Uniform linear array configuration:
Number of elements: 16
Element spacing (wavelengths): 0.25
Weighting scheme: cosine
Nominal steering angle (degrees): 30
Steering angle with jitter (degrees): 31.35
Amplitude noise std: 0.05
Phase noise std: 0.05

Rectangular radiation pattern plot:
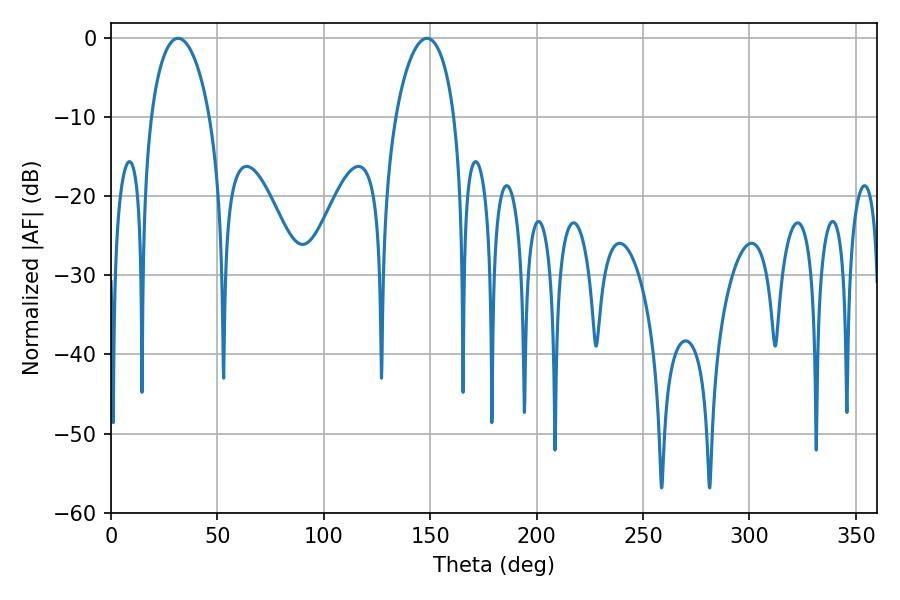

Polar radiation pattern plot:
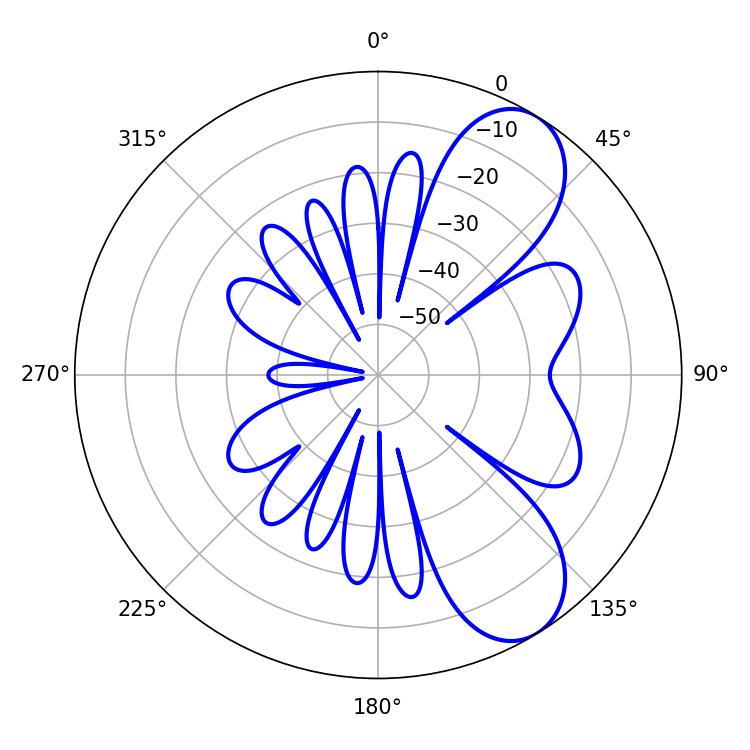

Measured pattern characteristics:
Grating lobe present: FALSE
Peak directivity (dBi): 8.037
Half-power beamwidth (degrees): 15.84
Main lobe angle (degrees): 31.5